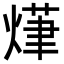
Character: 𭵨